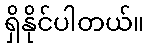
ရှိနိုင်ပါတယ်။